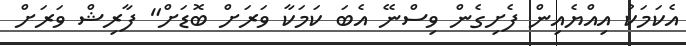
އެކަމަކު އިއްޔެއިން ފެށިގެން ވިސްނޭ އެބަ ކަމަކާ ވަރަށް ބޮޑަށް" ފާރިޝް ވަރަށް